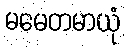
မမေတမာယုံ